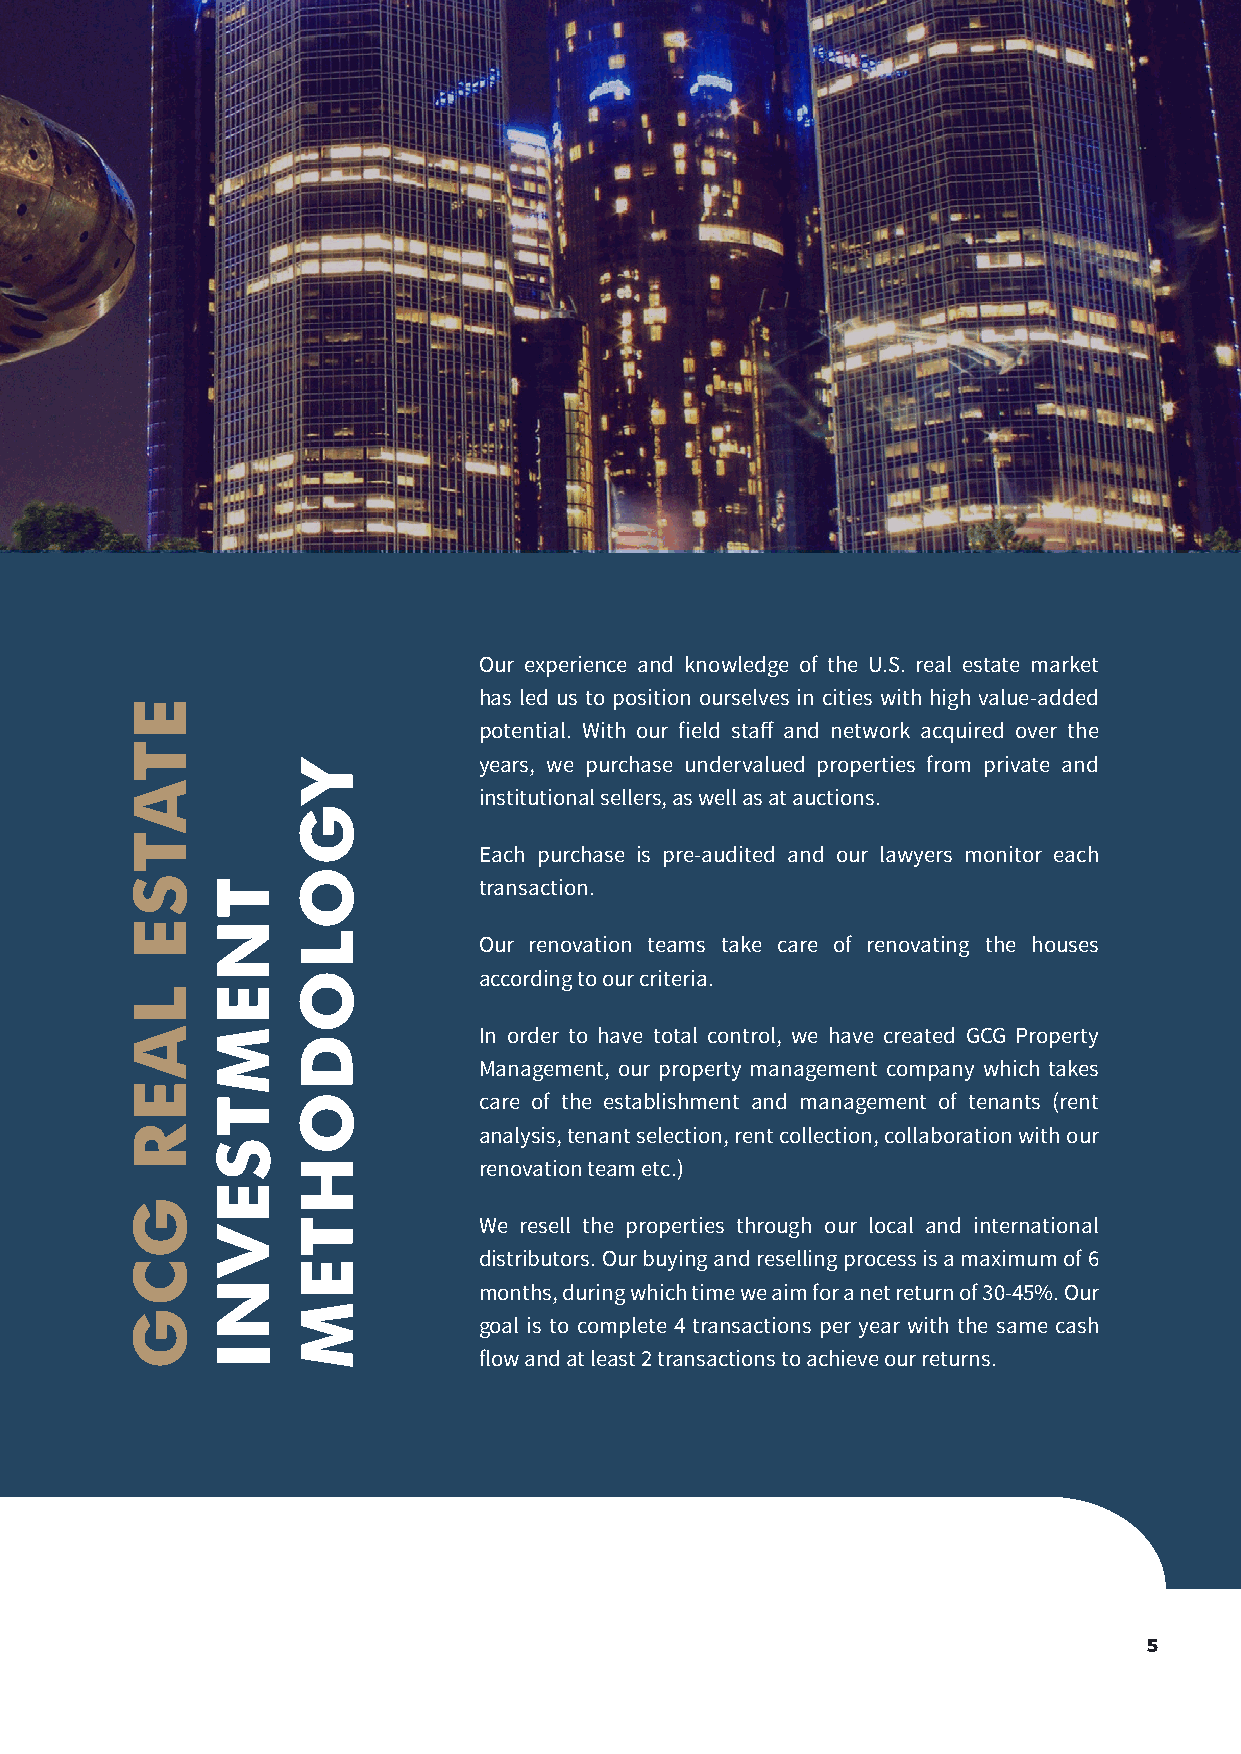
Our experience and knowledge of the U.S. real estate market
 has led us to position ourselves in cities with high value-added
 potential. With our field staff and network acquired over the
 years, we purchase undervalued properties from private and
 institutional sellers, as well as at auctions.
 Each purchase is pre-audited and our lawyers monitor each
 transaction.
 Our renovation teams take care of renovating the houses
 according to our criteria.
 In order to have total control, we have created GCG Property
 Management, our property management company which takes
 care of the establishment and management of tenants (rent
 analysis, tenant selection, rent collection, collaboration with our
 renovation team etc.)
 We resell the properties through our local and international
 distributors. Our buying and reselling process is a maximum of 6
 months, during which time we aim for a net return of 30-45%. Our
 goal is to complete 4 transactions per year with the same cash
 flow and at least 2 transactions to achieve our returns.
 5
 ETATSE
 LAER
 GCG
 TNEMTSEVNI
 YGOLODOHTEM